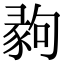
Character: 𢑪